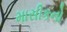
માસીકનો